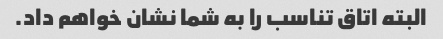
البته اتاق تناسب را به شما نشان خواهم داد.